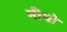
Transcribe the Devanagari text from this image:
मीयो